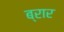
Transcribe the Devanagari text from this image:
ब्रार